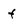
Character: f